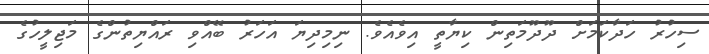
ސިހުރު ހަދާކަމަށް ދޫދޫމަތިން ކިޔާތީ އިވެއެވެ. ނިމިދިޔަ އަހަރު ބޭއްވި ރައްޔިތުންގެ މަޖިލީހުގެ